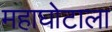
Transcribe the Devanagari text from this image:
महाघोटाला